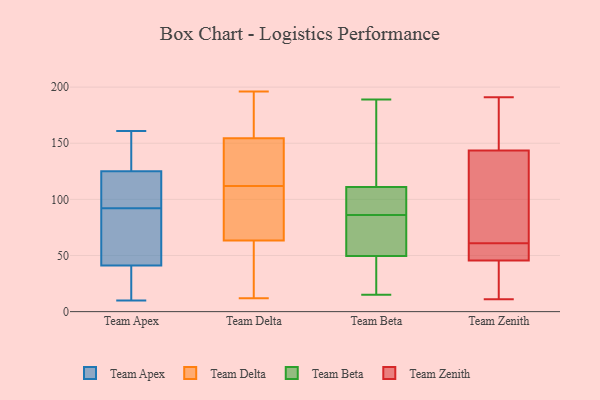
{"axis": {"x": "Inventory Turnover", "y": "Value"}, "legend": ["Team Apex", "Team Beta", "Team Delta", "Team Zenith"], "data": [{"x": "", "y": 161, "type": "Team Apex"}, {"x": "", "y": 125, "type": "Team Apex"}, {"x": "", "y": 65, "type": "Team Apex"}, {"x": "", "y": 100, "type": "Team Apex"}, {"x": "", "y": 28, "type": "Team Apex"}, {"x": "", "y": 81, "type": "Team Apex"}, {"x": "", "y": 19, "type": "Team Apex"}, {"x": "", "y": 133, "type": "Team Apex"}, {"x": "", "y": 137, "type": "Team Apex"}, {"x": "", "y": 88, "type": "Team Apex"}, {"x": "", "y": 108, "type": "Team Apex"}, {"x": "", "y": 157, "type": "Team Apex"}, {"x": "", "y": 41, "type": "Team Apex"}, {"x": "", "y": 10, "type": "Team Apex"}, {"x": "", "y": 96, "type": "Team Apex"}, {"x": "", "y": 105, "type": "Team Apex"}, {"x": "", "y": 27, "type": "Team Apex"}, {"x": "", "y": 53, "type": "Team Apex"}, {"x": "", "y": 74, "type": "Team Delta"}, {"x": "", "y": 79, "type": "Team Delta"}, {"x": "", "y": 176, "type": "Team Delta"}, {"x": "", "y": 114, "type": "Team Delta"}, {"x": "", "y": 67, "type": "Team Delta"}, {"x": "", "y": 62, "type": "Team Delta"}, {"x": "", "y": 155, "type": "Team Delta"}, {"x": "", "y": 60, "type": "Team Delta"}, {"x": "", "y": 152, "type": "Team Delta"}, {"x": "", "y": 128, "type": "Team Delta"}, {"x": "", "y": 153, "type": "Team Delta"}, {"x": "", "y": 196, "type": "Team Delta"}, {"x": "", "y": 112, "type": "Team Delta"}, {"x": "", "y": 187, "type": "Team Delta"}, {"x": "", "y": 168, "type": "Team Delta"}, {"x": "", "y": 39, "type": "Team Delta"}, {"x": "", "y": 90, "type": "Team Delta"}, {"x": "", "y": 12, "type": "Team Delta"}, {"x": "", "y": 59, "type": "Team Delta"}, {"x": "", "y": 122, "type": "Team Beta"}, {"x": "", "y": 83, "type": "Team Beta"}, {"x": "", "y": 152, "type": "Team Beta"}, {"x": "", "y": 15, "type": "Team Beta"}, {"x": "", "y": 57, "type": "Team Beta"}, {"x": "", "y": 90, "type": "Team Beta"}, {"x": "", "y": 79, "type": "Team Beta"}, {"x": "", "y": 25, "type": "Team Beta"}, {"x": "", "y": 38, "type": "Team Beta"}, {"x": "", "y": 86, "type": "Team Beta"}, {"x": "", "y": 102, "type": "Team Beta"}, {"x": "", "y": 86, "type": "Team Beta"}, {"x": "", "y": 21, "type": "Team Beta"}, {"x": "", "y": 87, "type": "Team Beta"}, {"x": "", "y": 49, "type": "Team Beta"}, {"x": "", "y": 189, "type": "Team Beta"}, {"x": "", "y": 129, "type": "Team Beta"}, {"x": "", "y": 114, "type": "Team Beta"}, {"x": "", "y": 51, "type": "Team Beta"}, {"x": "", "y": 174, "type": "Team Zenith"}, {"x": "", "y": 11, "type": "Team Zenith"}, {"x": "", "y": 113, "type": "Team Zenith"}, {"x": "", "y": 60, "type": "Team Zenith"}, {"x": "", "y": 11, "type": "Team Zenith"}, {"x": "", "y": 106, "type": "Team Zenith"}, {"x": "", "y": 41, "type": "Team Zenith"}, {"x": "", "y": 50, "type": "Team Zenith"}, {"x": "", "y": 186, "type": "Team Zenith"}, {"x": "", "y": 60, "type": "Team Zenith"}, {"x": "", "y": 62, "type": "Team Zenith"}, {"x": "", "y": 58, "type": "Team Zenith"}, {"x": "", "y": 181, "type": "Team Zenith"}, {"x": "", "y": 191, "type": "Team Zenith"}, {"x": "", "y": 112, "type": "Team Zenith"}, {"x": "", "y": 19, "type": "Team Zenith"}]}